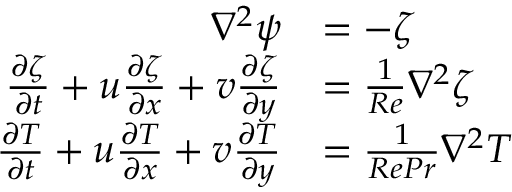
\begin{array} { r l } { \nabla ^ { 2 } \psi } & { = - \zeta } \\ { \frac { \partial \zeta } { \partial t } + u \frac { \partial \zeta } { \partial x } + v \frac { \partial \zeta } { \partial y } } & { = \frac { 1 } { R e } \nabla ^ { 2 } \zeta } \\ { \frac { \partial T } { \partial t } + u \frac { \partial T } { \partial x } + v \frac { \partial T } { \partial y } } & { = \frac { 1 } { R e P r } \nabla ^ { 2 } T } \end{array}